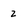
Character: 2